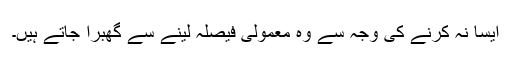
ایسا نہ کرنے کی وجہ سے وہ معمولی فیصلہ لینے سے گھبرا جاتے ہیں۔